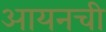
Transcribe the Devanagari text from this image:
आयनची